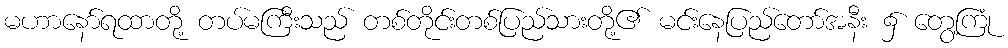
မဟာနော်ရထာတို့ တပ်မကြီးသည် တစ်တိုင်းတစ်ပြည်သားတို့၏ မင်းနေပြည်တော်အနီး ၌ တွေ့ကြုံ